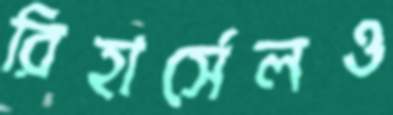
রিহার্সেলও